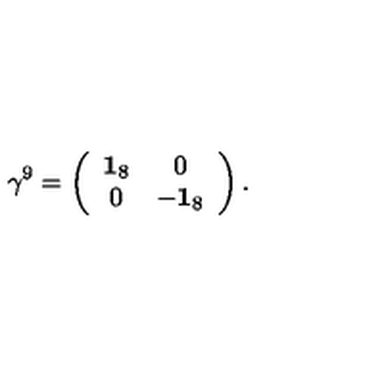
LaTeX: \gamma ^ { 9 } = \left( \begin{array} { c c } { { \bf 1 } _ { 8 } } & { 0 } \\ { 0 } & { - { \bf 1 } _ { 8 } } \\ \end{array} \right) .